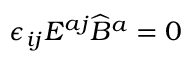
\epsilon _ { i j } E ^ { a j } \widehat B ^ { a } = 0